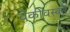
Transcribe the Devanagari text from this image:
वैकोवस्की